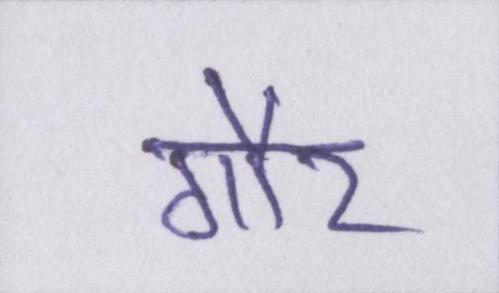
गौर